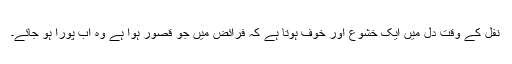
نفل کے وقت دل میں ایک خشوع اور خوف ہوتا ہے کہ فرائض میں جو قصور ہوا ہے وہ اب پورا ہو جائے۔